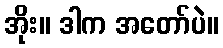
အိုး။ ဒါက အတော်ပဲ။